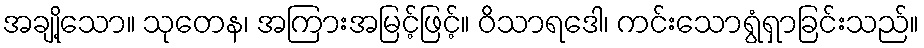
အချို့သော။ သုတေန၊ အကြားအမြင့်ဖြင့်။ ဝိသာရဒေါ၊ ကင်းသောရွံရှာခြင်းသည်။